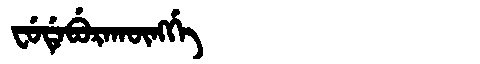
Manchu: ᠸᡠᡩᡝᠪᡠᡵᠠᡴᡡᠩᡤᡝ
Romanization: FUDEBURAKŪNGGE